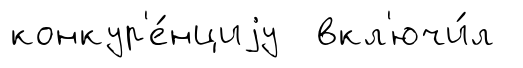
конкур'е́нциjу вкл'ючи́л